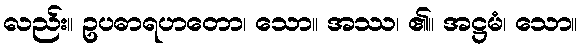
လည်း။ ဥပဓာရဟတော၊ သော။ အဿ၊ ၏။ အဋ္ဌမံ၊ သော။